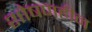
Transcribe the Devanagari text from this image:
शोषणहीन